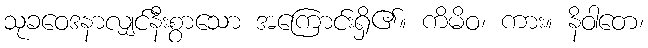
သုခဝေဒနာလျှင်နီးစွာသော အကြောင်းရှိ၏။ ကိမိဝ၊ ကား။ နိဝါတေ၊